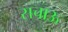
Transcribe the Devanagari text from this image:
सचाऊ